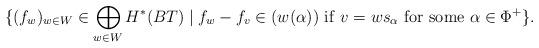
LaTeX: \begin{align*}\{ (f_w)_{w\in W} \in \bigoplus _{w\in W}H^*(BT) \mid f_w-f_v \in (w(\alpha)) \ {\rm if} \ v=w s_{\alpha} \ {\rm for \ some} \ \alpha \in \Phi^+ \}.\end{align*}